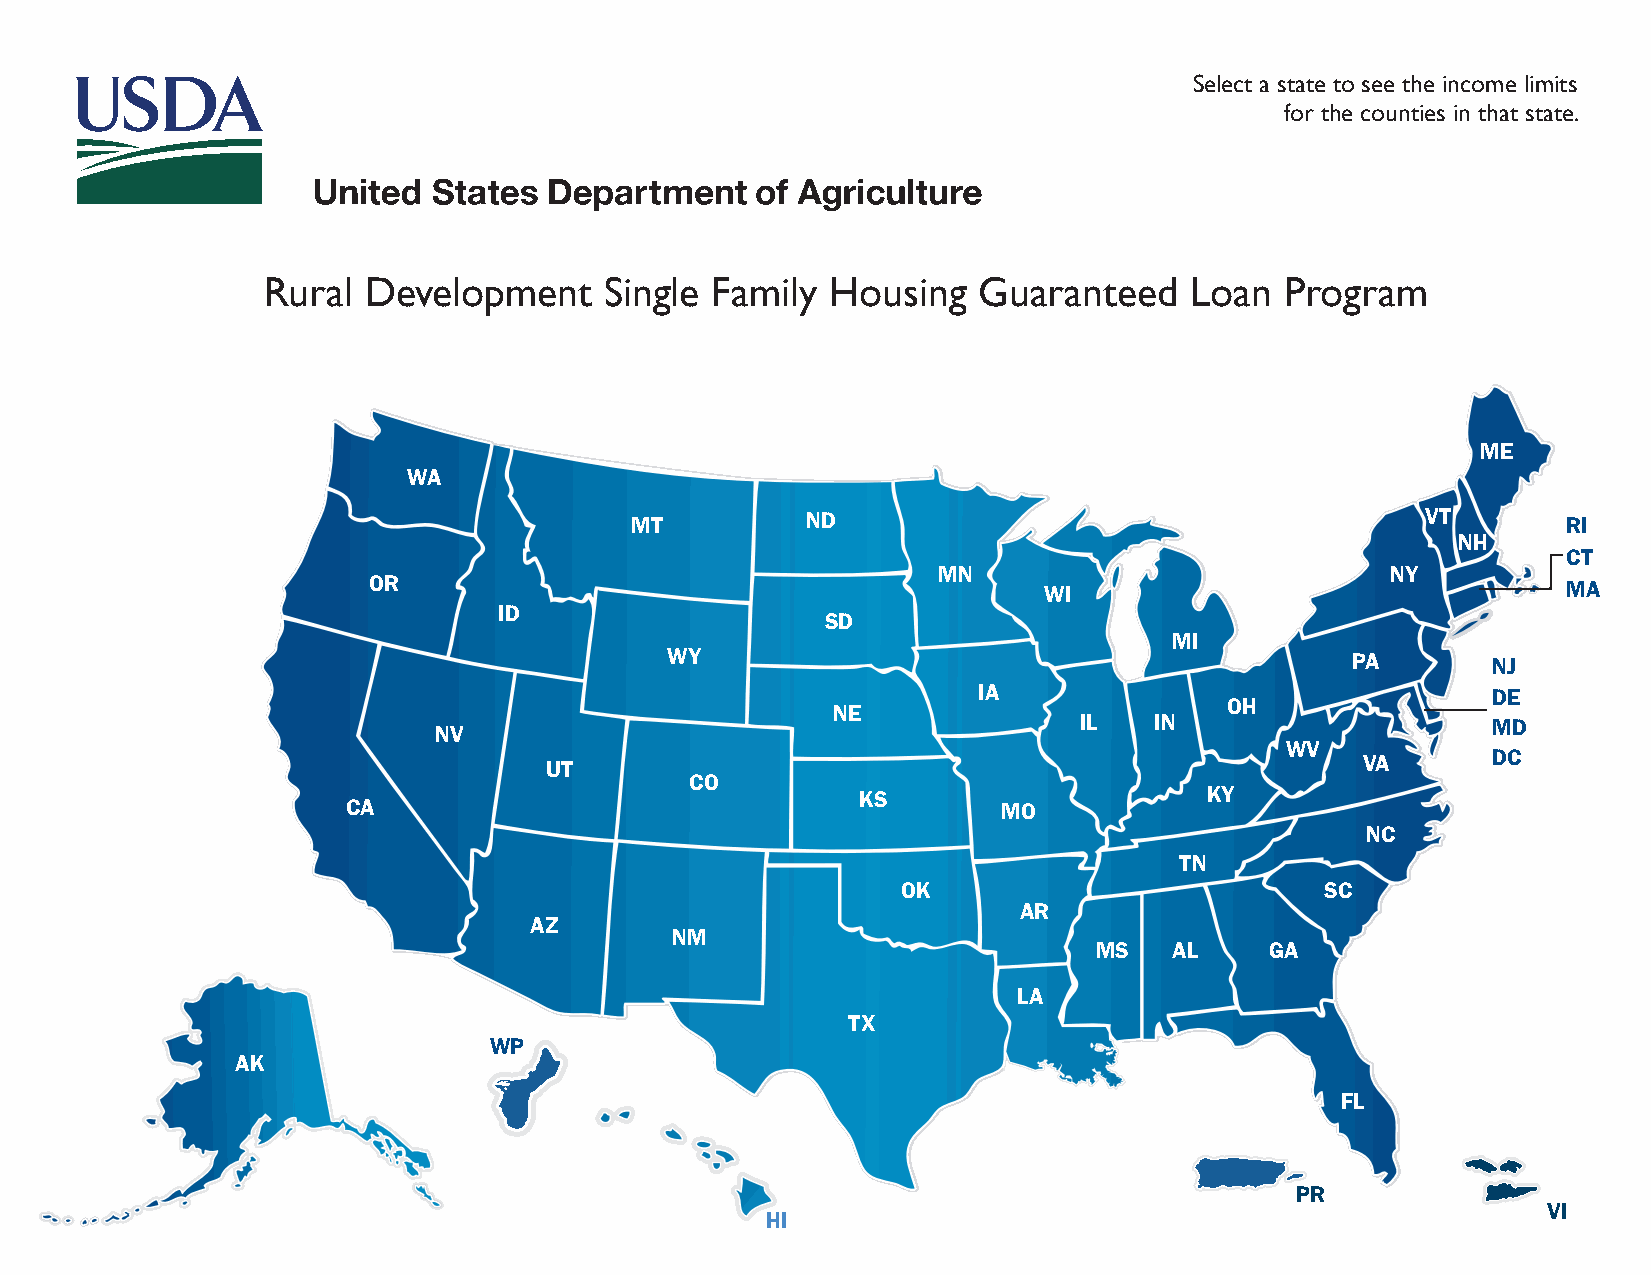
Select a state to see the income limits
 for the counties in that state.
 Rural  Development     Single Family  Housing   Guaranteed    Loan  Program
 ME
 WA
 MT         ND                                       VT        RI
 NH
 CT
 MN                            NY
 OR
 WI                                 MA
 ID
 SD
 MI
 WY                                           PA        NJ
 IA                                DE
 OH
 NE
 IL   IN                     MD
 NV
 WV
 VA       DC
 UT
 CO
 KS                     KY
 CA                                         MO
 NC
 TN
 OK                          SC
 AR
 AZ
 NM
 MS   AL    GA
 LA
 TX
 WP
 AK
 FL
 PR
 VI
 HI